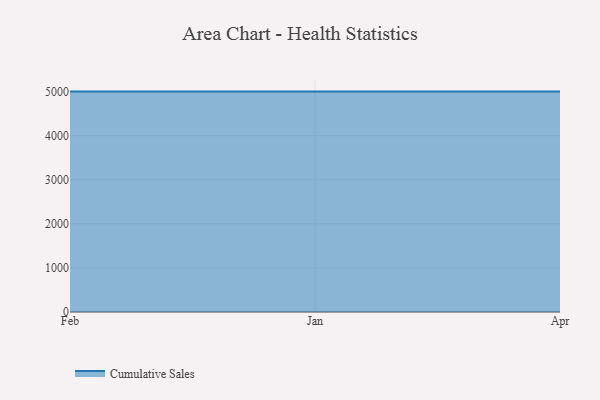
{"axis": {"x": "Month", "y": "Inventory Turnover"}, "legend": ["Cumulative Sales"], "data": [{"x": "Feb", "y": 5000, "type": "Cumulative Sales"}, {"x": "Jan", "y": 5000, "type": "Cumulative Sales"}, {"x": "Apr", "y": 5000, "type": "Cumulative Sales"}]}